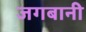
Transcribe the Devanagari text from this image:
जगबानी